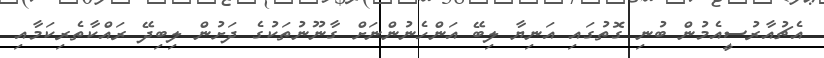
އެޗުއާރުސީއެމުން ބުނި ގޮތުގައި އަނިޔާ ލިބޭ އަންހެނުންނަށް ގާނޫނުތަކުގެ ދަށުން ލިބިދޭ ރައްކާތެރިކަމާއި